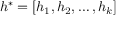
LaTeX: h ^ { \ast } = \left[ h _ { 1 } , h _ { 2 } , \ldots , h _ { k } \right]